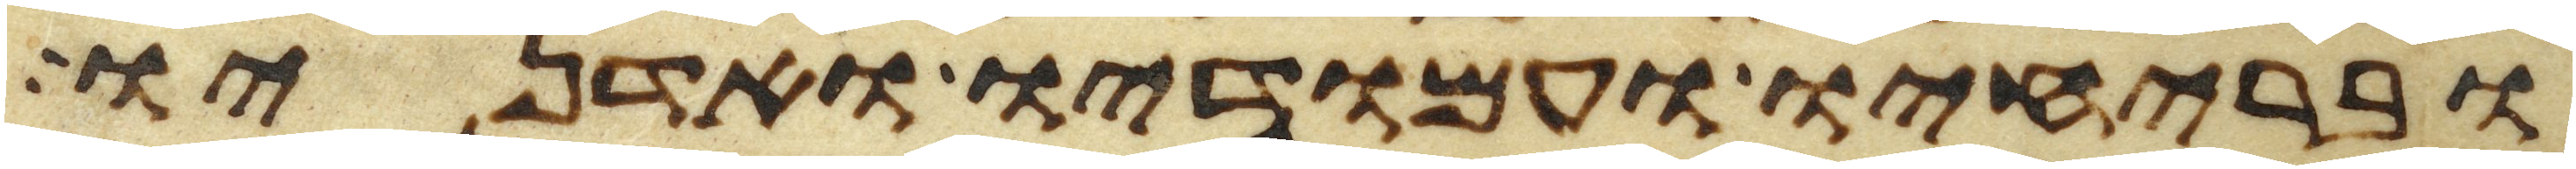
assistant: ובריחיו ועמודיו ואדניו